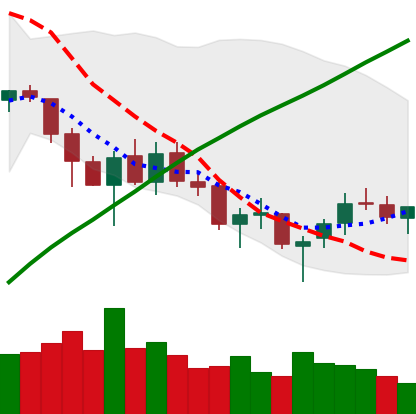
Ticker: LTC-USD
Chart end date: 2018-03-23
Forward return: -21.501%
Label: down_7plus